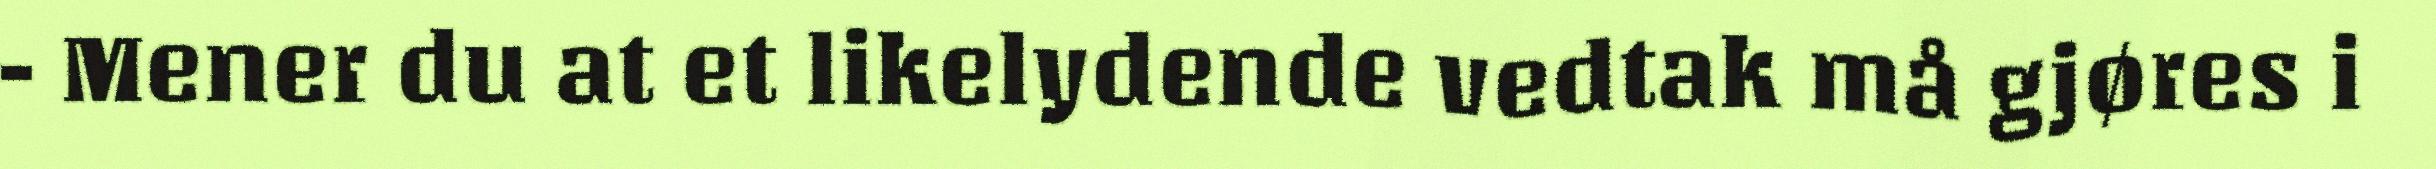
- Mener du at et likelydende vedtak må gjøres i